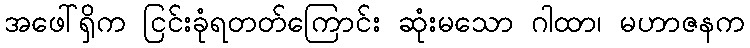
အဖေါ်ရှိက ငြင်းခုံရတတ်ကြောင်း ဆုံးမသော ဂါထာ၊ မဟာဇနက